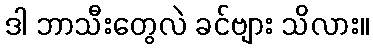
ဒါ ဘာသီးတွေလဲ ခင်ဗျား သိလား။